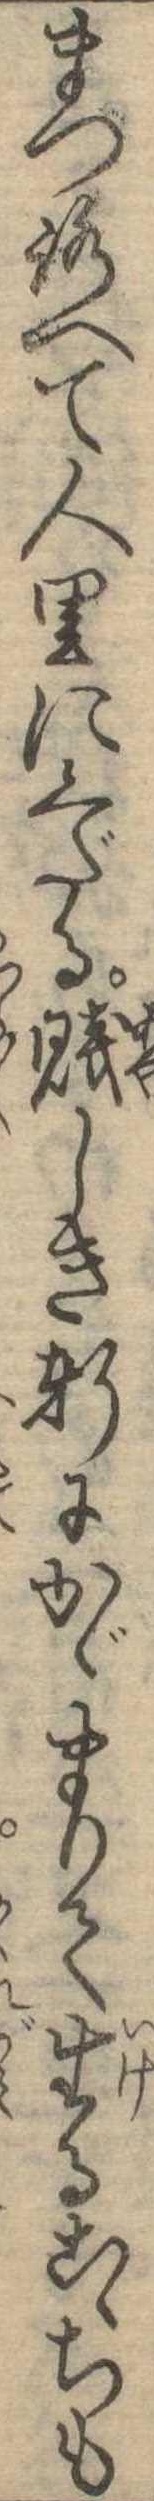
まつろへて人里にくだる賎しき軒にかゞまりて生るこゝちも